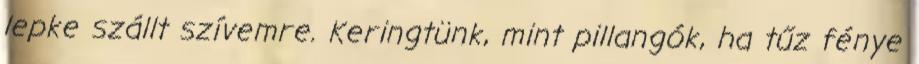
lepke szállt szívemre. Keringtünk, mint pillangók, ha tűz fénye